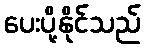
ပေးပို့နိုင်သည်